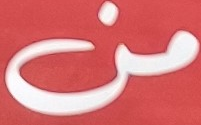
من